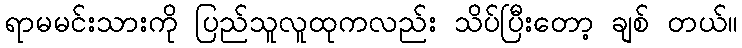
ရာမမင်းသားကို ပြည်သူလူထုကလည်း သိပ်ပြီးတော့ ချစ် တယ်။